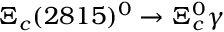
\Xi _ { c } ( 2 8 1 5 ) ^ { 0 } \to \Xi _ { c } ^ { 0 } \gamma